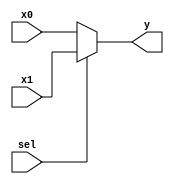
`timescale 1ns / 1ps
//////////////////////////////////////////////////////////////////////////////////
// Company: 
// Engineer: 
// 
// Design Name: 
// Module Name: mux2
// Project Name: 
// Target Devices: 
// Tool Versions: 
// Description: 
// 
// Dependencies: 
// 
// Revision:
// Revision 0.01 - File Created
// Additional Comments:
// 
//////////////////////////////////////////////////////////////////////////////////


module mux2 #(parameter WIDTH=32) (
    input wire [WIDTH-1:0] x0, x1,
    input wire sel,

    output wire [WIDTH-1:0] y
);
    assign y = sel ? x1 : x0;
endmodule